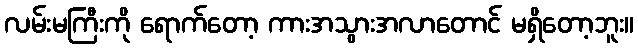
လမ်းမကြီးကို ရောက်တော့ ကားအသွားအလာတောင် မရှိတော့ဘူး။